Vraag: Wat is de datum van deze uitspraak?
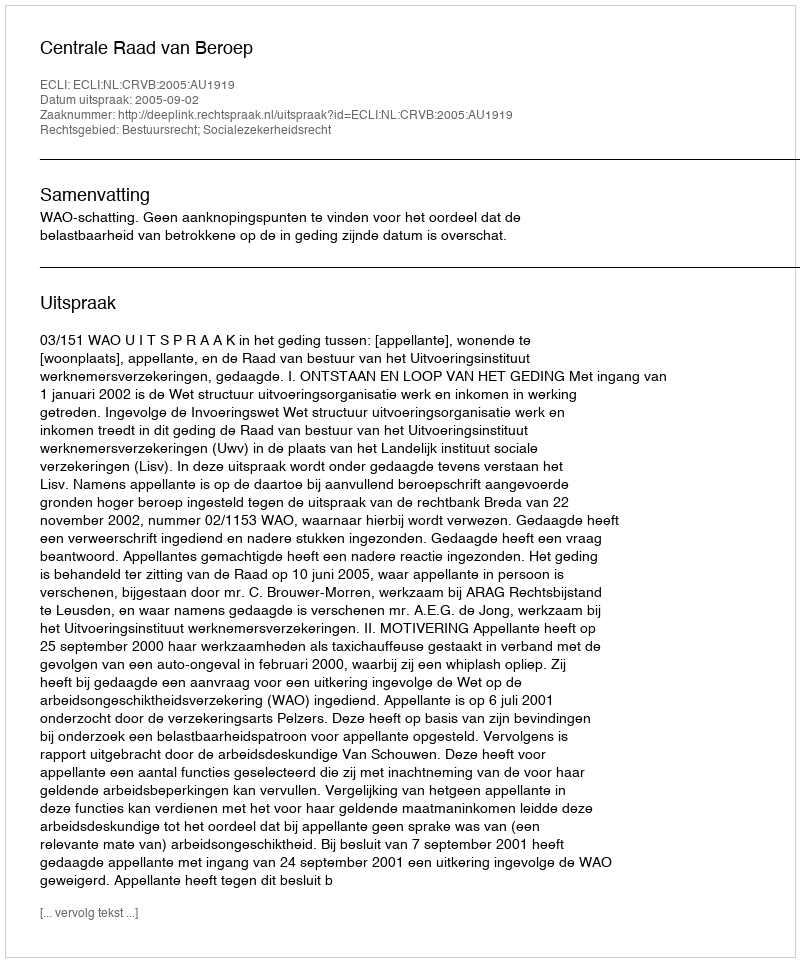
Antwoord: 2005-09-02